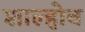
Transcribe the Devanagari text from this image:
शाल्होब